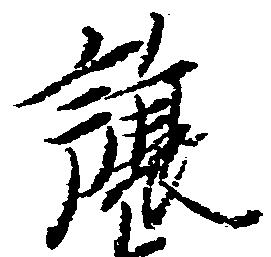
譲